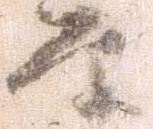
原